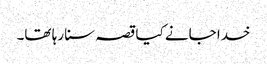
خدا جانے کیا قصہ سنا رہا تھا۔